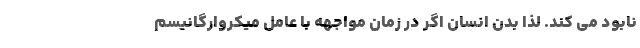
نابود می کند. لذا بدن انسان اگر در زمان مواجهه با عامل میکروارگانیسم